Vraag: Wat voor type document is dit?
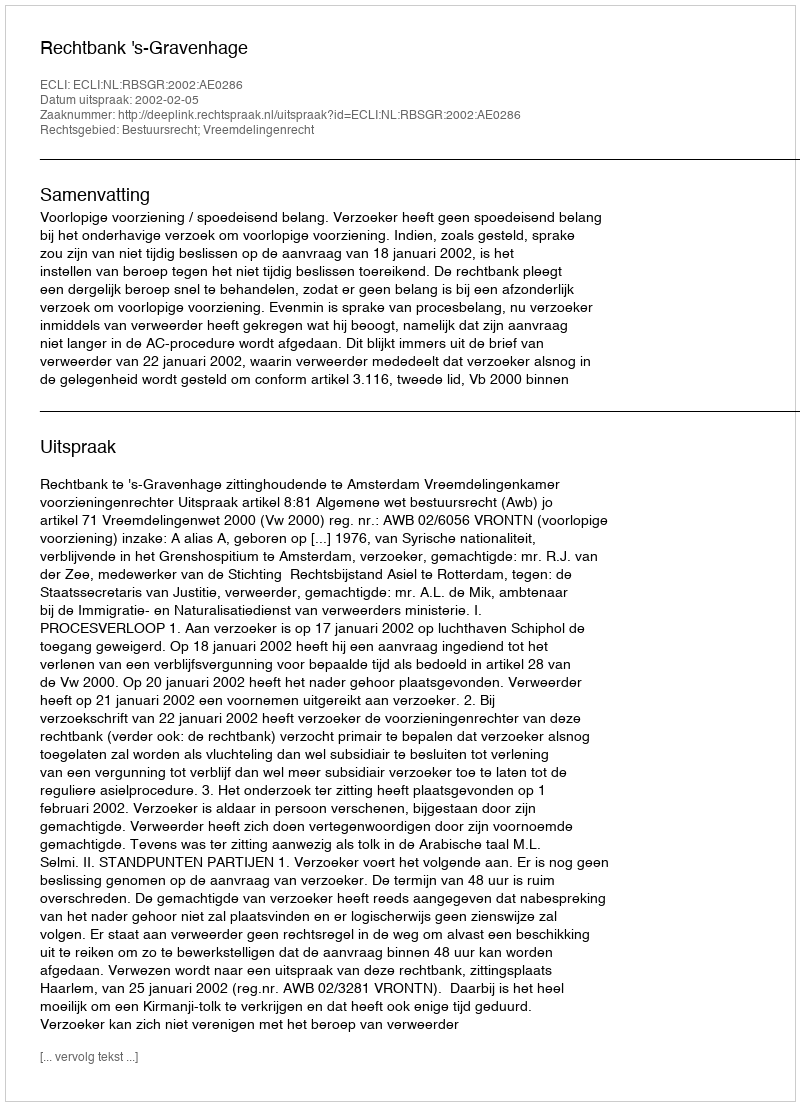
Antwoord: Uitspraak